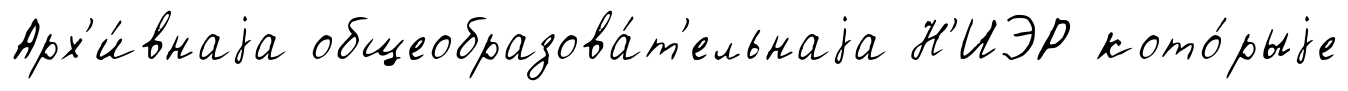
Арх'и́внаjа общеобразова́т'ельнаjа Н'ИЭР кото́рыjе